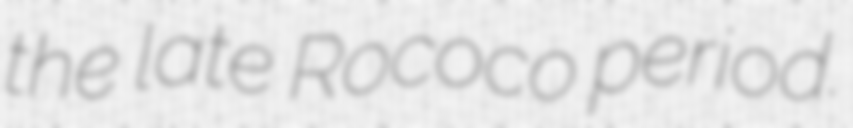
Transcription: the late Rococo period.